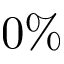
0 \%